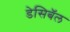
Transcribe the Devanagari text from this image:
डेसिबॅल